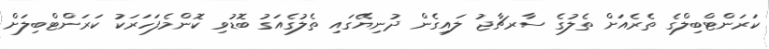
ކަރަންޓްބިލްގެ ތެރެއަށް ތެލުގެ ސާރޗާޖު ލައިގެން ދުނިޔޭގައި ތެލުގެއަގު ބޮޑުވި ކޮންމެފަހަރަކު ކަރަންޓްބިލަށް